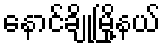
နောင်ချိုမြို့နယ်